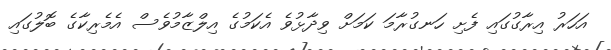
އަހަރު އިރާގުގައި ފެށި ހަނގުރާމަ ކަމަށް ވިދާޅުވެ އެކަމުގެ އިލްޒާމުވެސް އެމެރިކާގެ ބޮލުގައި